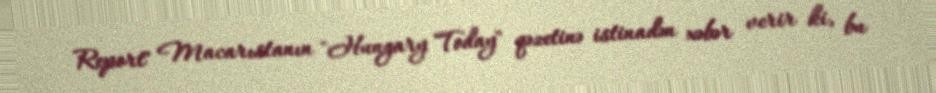
Report" Macarıstanın "Hungary Today" qəzetinə istinadən xəbər verir ki, bu